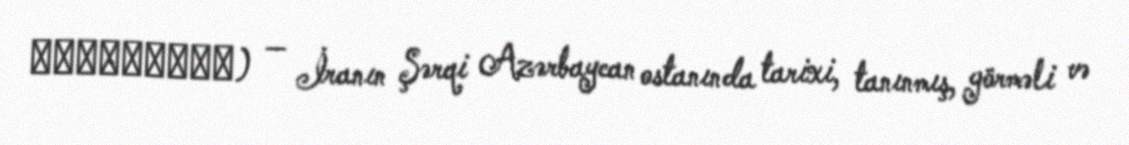
گۆندوْغان) — İranın Şərqi Azərbaycan ostanında tarixi, tanınmış, görməli və